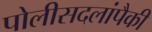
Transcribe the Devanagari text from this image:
पोलीसदलांपैकी